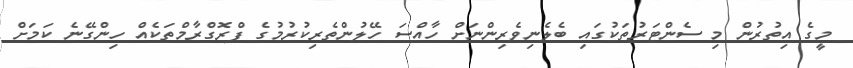
މީގެ އިތުރުން މި ސެންޓަރުތަކުގައި ބެލެނިވެރިންނަށް ހާއްސަ ހޭލުންތެރިކުރުމުގެ ޕްރޮގްރާމްތަކެއް ހިންގޭނެ ކަމަށް